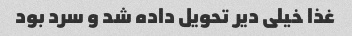
غذا خیلی دیر تحویل داده شد و سرد بود